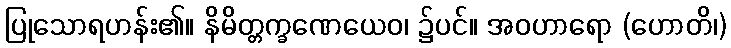
ပြုသောရဟန်း၏။ နိမိတ္တက္ခဏေယေဝ၊ ၌ပင်။ အဝဟာရော (ဟောတိ၊)